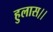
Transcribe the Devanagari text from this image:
हुलास।।